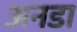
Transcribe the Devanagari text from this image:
अनडा